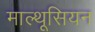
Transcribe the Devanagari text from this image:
माल्थूसियन